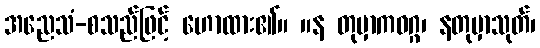
အညေသံ-စသည်ဖြင့် ဟောထား၏။ ။န တုမှာကဝဂ္ဂ၊ နတုမှာသုတ်၊